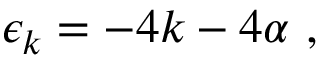
\epsilon _ { k } = - 4 k - 4 \alpha \ ,